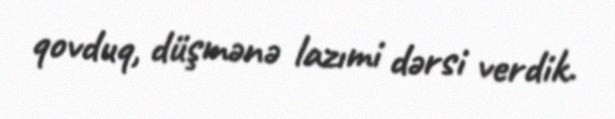
qovduq, düşmənə lazımi dərsi verdik.